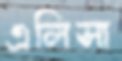
এলিসা